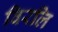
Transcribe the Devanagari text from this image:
विरलि